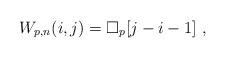
LaTeX: \begin{align*}W_{p,n} (i,j) = \square_p [j-i-1] \ ,\end{align*}